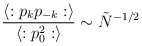
\begin{align*}{{\langle :p_k p_{-k}: \rangle} \over {\langle :p_0^2: \rangle}} \sim {\tilde N}^{-1/2}\end{align*}